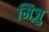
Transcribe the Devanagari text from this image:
मिज़ु